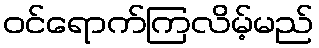
ဝင်ရောက်ကြလိမ့်မည်